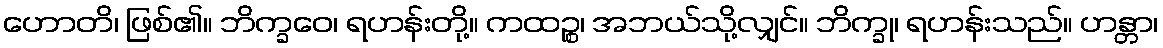
ဟောတိ၊ ဖြစ်၏။ ဘိက္ခဝေ၊ ရဟန်းတို့။ ကထဉ္စ၊ အဘယ်သို့လျှင်။ ဘိက္ခု၊ ရဟန်းသည်။ ဟန္တာ၊